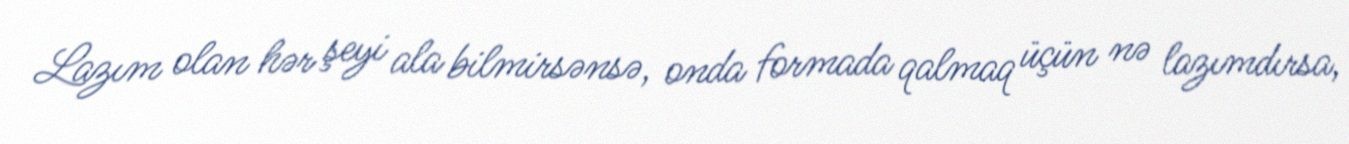
Lazım olan hər şeyi ala bilmirsənsə, onda formada qalmaq üçün nə lazımdırsa,